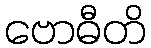
ဗောဓီတိ